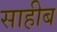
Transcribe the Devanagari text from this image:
साहीब